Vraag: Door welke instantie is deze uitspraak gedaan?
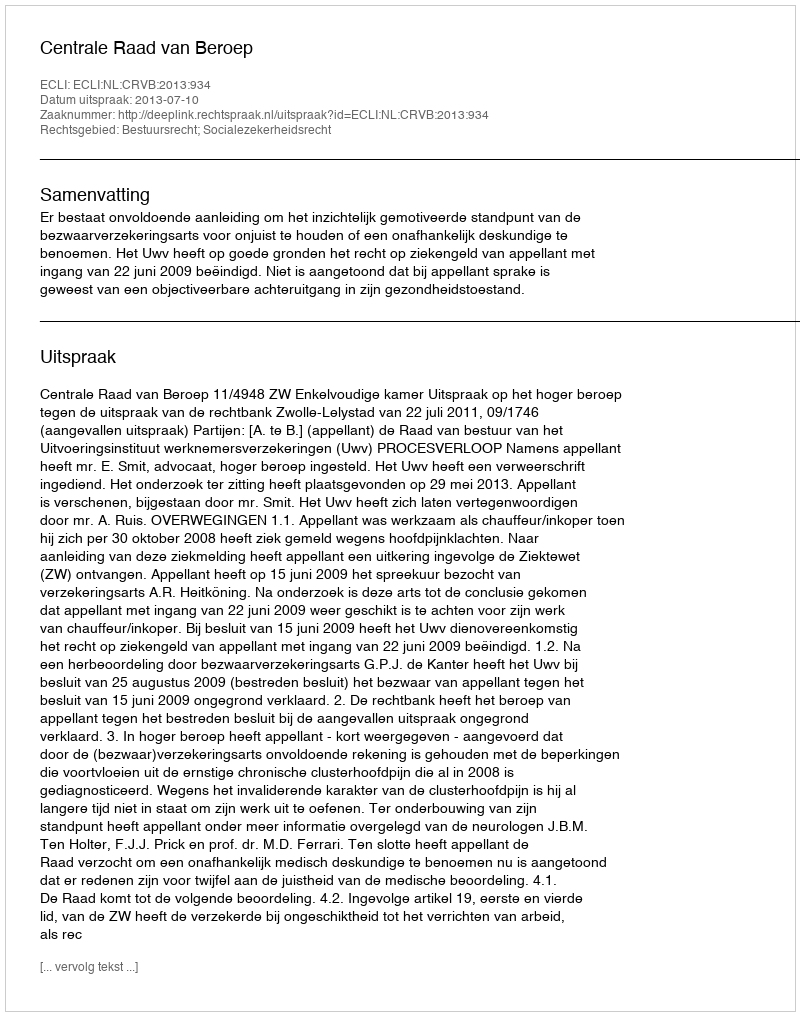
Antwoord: Centrale Raad van Beroep